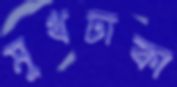
মুখঢাকা